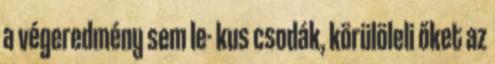
a végeredmény sem le- kus csodák, körülöleli őket az